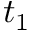
t _ { 1 }